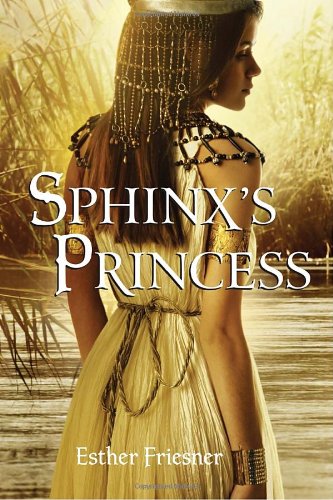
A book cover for Sphinx's Princess (Princesses of Myth); Esther Friesner; Teen & Young Adult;